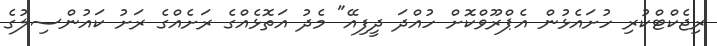
ރިޖެކްޓްކުރި ހުށައެޅުން އެޕްރޫވްކޮށް ހުއްދަ ދީފިއޭ" މެދު އަތޮޅެއްގެ ރަށެއްގެ ރަށު ކައުންސިލުގެ